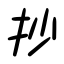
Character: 抄